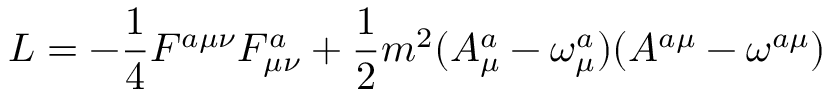
L = - \frac 1 4 F ^ { a \mu \nu } F _ { \mu \nu } ^ { a } + \frac 1 2 m ^ { 2 } ( A _ { \mu } ^ { a } - \omega _ { \mu } ^ { a } ) ( A ^ { a \mu } - \omega ^ { a \mu } )